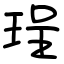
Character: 珵